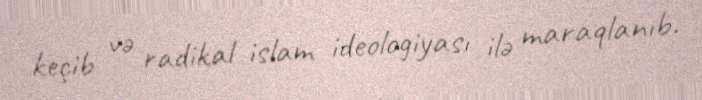
keçib və radikal islam ideologiyası ilə maraqlanıb.